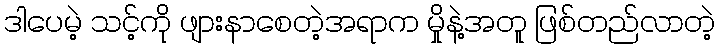
ဒါပေမဲ့ သင့်ကို ဖျားနာစေတဲ့အရာက မှိုနဲ့အတူ ဖြစ်တည်လာတဲ့